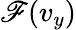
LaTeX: \mathscr{F}(v_{y})